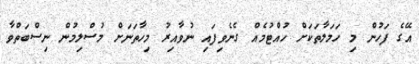
އޭގެ ފަހުން މި ހަމަލާތަކަށް ހުއްޓުމެއް ގެނެވިފައި ނުވާއިރު މިހާތަނަށް މުސްލިމުން ނިސްބަތްވާ